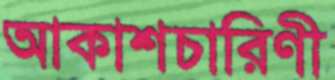
আকাশচারিণী